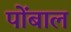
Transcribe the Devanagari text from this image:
पोंबाल